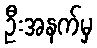
ဦးအနက်မှ